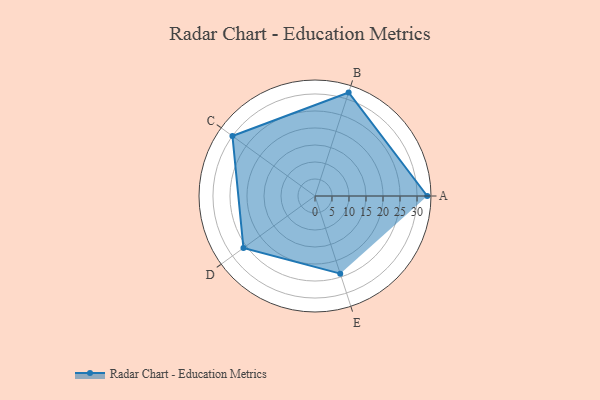
{"axis": {"x": "Skill", "y": "Score"}, "legend": ["Profile"], "data": [{"x": "A", "y": 33.0, "type": "Profile"}, {"x": "B", "y": 32.0, "type": "Profile"}, {"x": "C", "y": 30.0, "type": "Profile"}, {"x": "D", "y": 26.0, "type": "Profile"}, {"x": "E", "y": 24.0, "type": "Profile"}]}